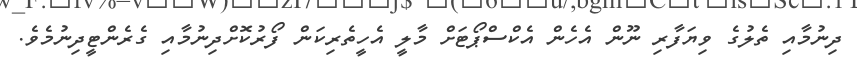
ދިނުމާއި ތެލުގެ ވިޔަފާރި ނޫން އެހެން އެކްސްޕޯޓަށް މާލީ އެހީތެރިކަން ފޯރުކޮށްދިނުމާއި ގެރެންޓީދިނުމެވެ.